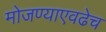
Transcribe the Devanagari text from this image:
मोजण्याएवढेच